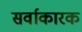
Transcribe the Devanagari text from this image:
सर्वाकारक